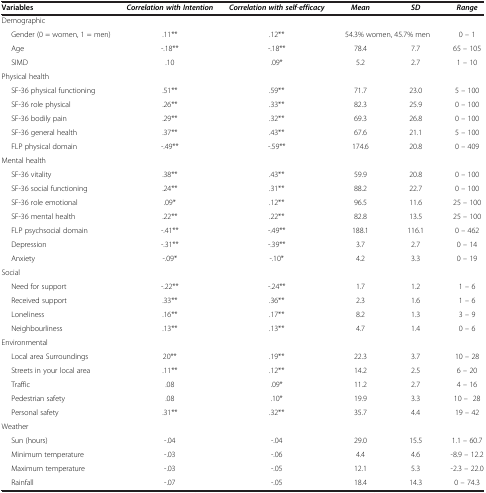
<table><thead><tr><td><b>Variables</b></td><td><b><i>Correlation with Intention</i></b></td><td><b><i>Correlation with self</i>-<i>efficacy</i></b></td><td><b><i>Mean</i></b></td><td><b><i>SD</i></b></td><td><b><i>Range</i></b></td></tr></thead><tbody><tr><td colspan="6">Demographic</td></tr><tr><td>Gender (0 = women, 1 = men)</td><td>.11**</td><td>.12**</td><td colspan="2">54.3% women, 45.7% men</td><td>0 – 1</td></tr><tr><td>Age</td><td>-.18**</td><td>-.18**</td><td>78.4</td><td>7.7</td><td>65 – 105</td></tr><tr><td>SIMD</td><td>.10</td><td>.09*</td><td>5.2</td><td>2.7</td><td>1 – 10</td></tr><tr><td colspan="6">Physical health</td></tr><tr><td>SF-36 physical functioning</td><td>.51**</td><td>.59**</td><td>71.7</td><td>23.0</td><td>5 – 100</td></tr><tr><td>SF-36 role physical</td><td>.26**</td><td>.33**</td><td>82.3</td><td>25.9</td><td>0 – 100</td></tr><tr><td>SF-36 bodily pain</td><td>.29**</td><td>.32**</td><td>69.3</td><td>26.8</td><td>0 – 100</td></tr><tr><td>SF-36 general health</td><td>.37**</td><td>.43**</td><td>67.6</td><td>21.1</td><td>5 – 100</td></tr><tr><td>FLP physical domain</td><td>-.49**</td><td>-.59**</td><td>174.6</td><td>20.8</td><td>0 – 409</td></tr><tr><td colspan="6">Mental health</td></tr><tr><td>SF-36 vitality</td><td>.38**</td><td>.43**</td><td>59.9</td><td>20.8</td><td>0 – 100</td></tr><tr><td>SF-36 social functioning</td><td>.24**</td><td>.31**</td><td>88.2</td><td>22.7</td><td>0 – 100</td></tr><tr><td>SF-36 role emotional</td><td>.09*</td><td>.12**</td><td>96.5</td><td>11.6</td><td>25 – 100</td></tr><tr><td>SF-36 mental health</td><td>.22**</td><td>.22**</td><td>82.8</td><td>13.5</td><td>25 – 100</td></tr><tr><td>FLP psychsocial domain</td><td>-.41**</td><td>-.49**</td><td>188.1</td><td>116.1</td><td>0 – 462</td></tr><tr><td>Depression</td><td>-.31**</td><td>-.39**</td><td>3.7</td><td>2.7</td><td>0 – 14</td></tr><tr><td>Anxiety</td><td>-.09*</td><td>-.10*</td><td>4.2</td><td>3.3</td><td>0 – 19</td></tr><tr><td colspan="6">Social</td></tr><tr><td>Need for support</td><td>-.22**</td><td>-.24**</td><td>1.7</td><td>1.2</td><td>1 – 6</td></tr><tr><td>Received support</td><td>.33**</td><td>.36**</td><td>2.3</td><td>1.6</td><td>1 – 6</td></tr><tr><td>Loneliness</td><td>.16**</td><td>.17**</td><td>8.2</td><td>1.3</td><td>3 – 9</td></tr><tr><td>Neighbourliness</td><td>.13**</td><td>.13**</td><td>4.7</td><td>1.4</td><td>0 – 6</td></tr><tr><td colspan="6">Environmental</td></tr><tr><td>Local area Surroundings</td><td>20**</td><td>.19**</td><td>22.3</td><td>3.7</td><td>10 – 28</td></tr><tr><td>Streets in your local area</td><td>.11**</td><td>.12**</td><td>14.2</td><td>2.5</td><td>6 – 20</td></tr><tr><td>Traffic</td><td>.08</td><td>.09*</td><td>11.2</td><td>2.7</td><td>4 – 16</td></tr><tr><td>Pedestrian safety</td><td>.08</td><td>.10*</td><td>19.9</td><td>3.3</td><td>10 – 28</td></tr><tr><td>Personal safety</td><td>.31**</td><td>.32**</td><td>35.7</td><td>4.4</td><td>19 – 42</td></tr><tr><td colspan="6">Weather</td></tr><tr><td>Sun (hours)</td><td>-.04</td><td>-.04</td><td>29.0</td><td>15.5</td><td>1.1 – 60.7</td></tr><tr><td>Minimum temperature</td><td>-.03</td><td>-.06</td><td>4.4</td><td>4.6</td><td>-8.9 – 12.2</td></tr><tr><td>Maximum temperature</td><td>-.03</td><td>-.05</td><td>12.1</td><td>5.3</td><td>-2.3 – 22.0</td></tr><tr><td>Rainfall</td><td>-.07</td><td>-.05</td><td>18.4</td><td>14.3</td><td>0 – 74.3</td></tr></tbody></table>